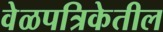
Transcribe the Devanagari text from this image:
वेळपत्रिकेतील